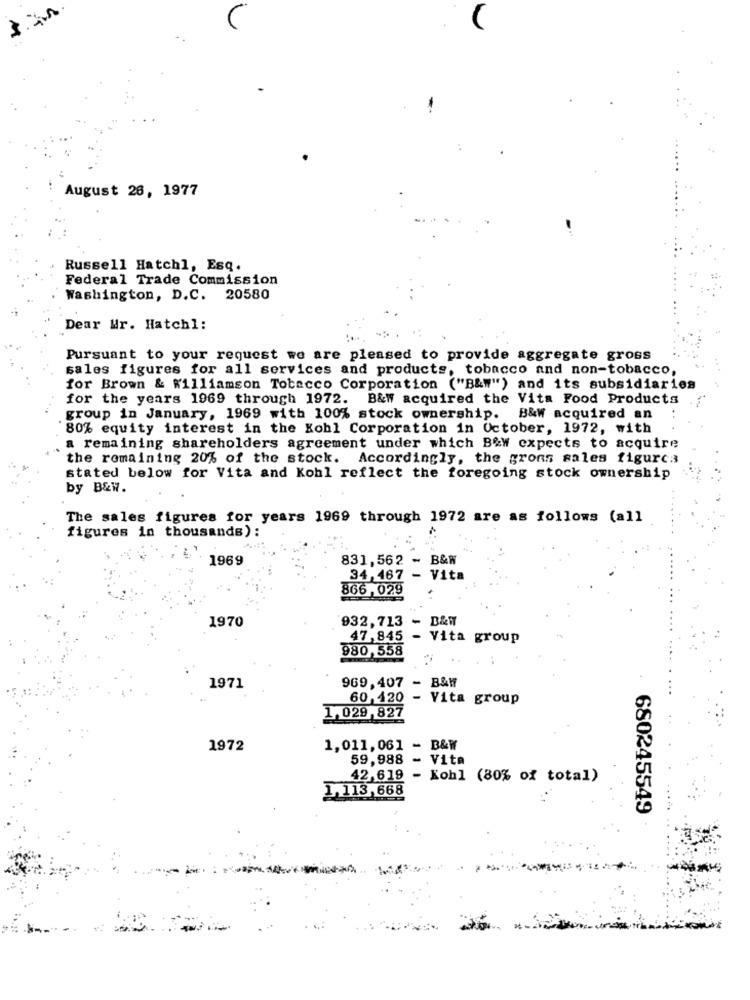
August 26, 1977
Russell Hatchl, Esq.
Federal Trade Commission
Washington, D.C. 20580
Dear Wr. Hatchl:
Pursuant to your request we are pleased to provide aggregate gross
sales figures for all services and products, tobacco and non-tobacco,
for Brown & Williamson Tobacco Corporation ("B&W") and its subsidiaries
for the years 1969 through 1972. B&W acquired the Vita Food Products
. . ..
group in January, 1969 with 100% stock ownership. B&W acquired an
80% equity interest in the Kohl Corporation in October, 1972, with
a remaining shareholders agreement under which B&W expects to acquire
the remaining 20% of the stock. Accordingly, the grons sales figurca
stated below for Vita and Kohl reflect the foregoing stock ownership
by B&W.
The sales figures for years 1969 through 1972 are as follows (all
figures in thousands) :
1969
831,562
. B&W
34,467 - Vita
866,029
1970
932,713 - B&W
47,845
- Vita group
980,558
..
1971
969,407 - B&W
60,420
- Vita group
1,029,827
1972
1,011,061 - B&W
59,988 - Vita
42,619 - Kohl (80% of total)
1,113,668
680245549